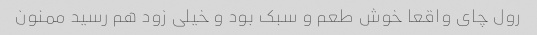
رول چای واقعا خوش طعم و سبک بود و خیلی زود هم رسید ممنون